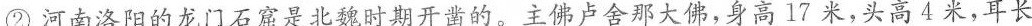
②河南洛阳的龙门石窟是北魏时期开凿的。主佛卢舍那大佛，身高17米，头高4米，耳长